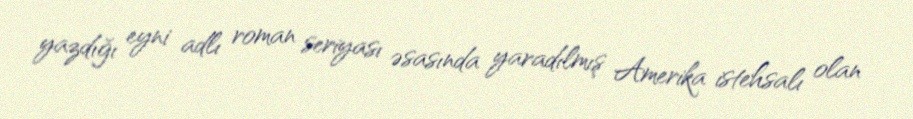
yazdığı eyni adlı roman seriyası əsasında yaradılmış Amerika istehsalı olan